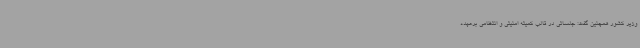
وزیر کشور همچنین گفت: جلساتی در قالب کمیته امنیتی و انتظامی برعهده